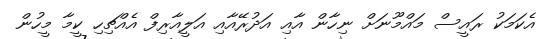
އެކަމަކު ރައީސް މައްމޫނަށް ނިހާން އާއި އަދުރޭއާއި އަލީއާރިފް އެއްޗިހި ކީމާ މީހުން